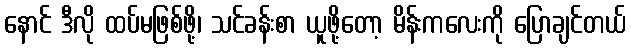
နောင် ဒီလို ထပ်မဖြစ်ဖို့၊ သင်ခန်းစာ ယူဖို့တော့ မိန်းကလေးကို ပြောချင်တယ်